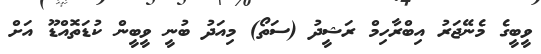
ވީބީގެ މެނޭޖަރު އިބްރާހިމް ރަޝީދު (ސަތޯ) މިއަދު ބުނީ ވީބީން ކުޑަތޮއްޑޫ އަށް